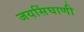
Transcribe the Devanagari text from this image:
जयसिंघाणी